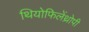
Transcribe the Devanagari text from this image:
थियोफिलेंथ्रोपी